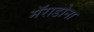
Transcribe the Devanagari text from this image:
मॅराडोना